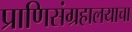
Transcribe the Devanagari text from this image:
प्राणिसंग्रहालयाचा